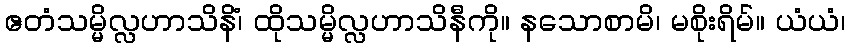
ဧတံသမ္မိလ္လဟာသိနိံ၊ ထိုသမ္မိလ္လဟာသိနီကို။ နသောစာမိ၊ မစိုးရိမ်။ ယံယံ၊